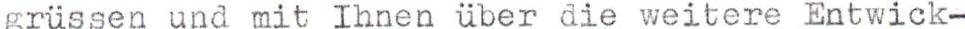
grüssen und mit Ihnen über die weitere Entwick-